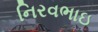
નિરવભાઇ